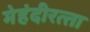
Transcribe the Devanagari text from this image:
मेहंदीरत्‍ता